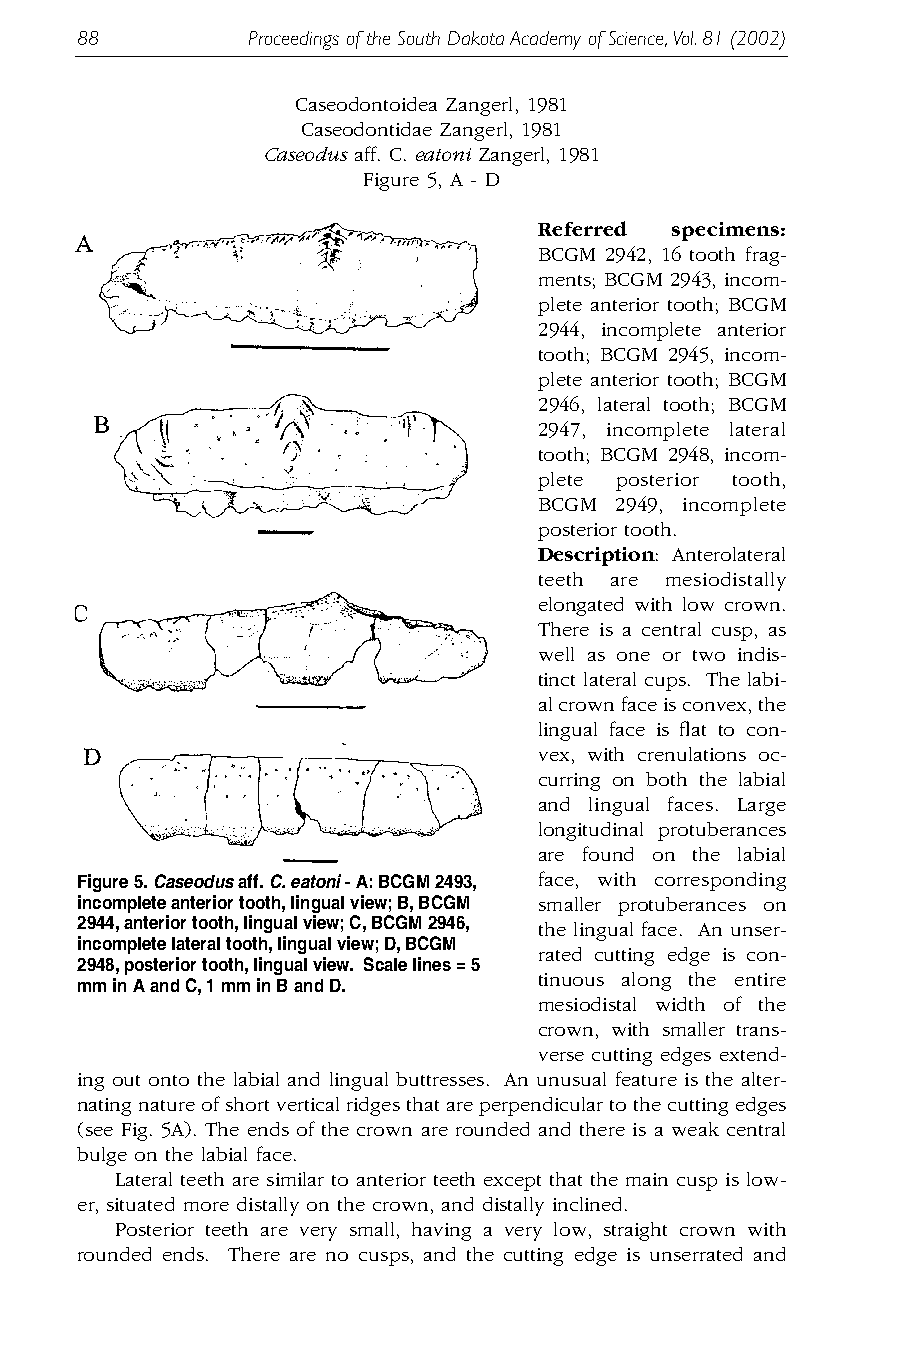
88         Proceedings of the South Dakota Academy of Science,Vol.81 (2002)
 Caseodontoidea Zangerl, 1981
 Caseodontidae Zangerl, 1981
 Caseodus aff. C. eatoni Zangerl, 1981
 Figure 5, A - D
 Referred specimens:
 BCGM 2942, 16 tooth frag-
 ments; BCGM 2943, incom-
 plete anterior tooth; BCGM
 2944, incomplete anterior
 tooth; BCGM 2945, incom-
 plete anterior tooth; BCGM
 2946, lateral tooth; BCGM
 2947, incomplete lateral
 tooth; BCGM 2948, incom-
 plete posterior tooth,
 BCGM 2949, incomplete
 posterior tooth.
 Description: Anterolateral
 teeth are mesiodistally
 elongated with low crown.
 There is a central cusp, as
 well as one or two indis-
 tinct lateral cups. The labi-
 al crown face is convex, the
 lingual face is flat to con-
 vex, with crenulations oc-
 curring on both the labial
 and lingual faces. Large
 longitudinal protuberances
 are found on the labial
 Figure 5.Caseodus aff.C.eatoni - A:BCGM 2493, face, with corresponding
 incomplete anterior tooth,lingual view;B,BCGM smaller protuberances on
 2944,anterior tooth,lingual view;C,BCGM 2946, the lingual face. An unser-
 incomplete lateral tooth,lingual view;D,BCGM
 rated cutting edge is con-
 2948,posterior tooth,lingual view. Scale lines = 5
 tinuous along the entire
 mm in A and C,1 mm in B and D.
 mesiodistal width of the
 crown, with smaller trans-
 verse cutting edges extend-
 ing out onto the labial and lingual buttresses. An unusual feature is the alter-
 nating nature of short vertical ridges that are perpendicular to the cutting edges
 (see Fig. 5A). The ends of the crown are rounded and there is a weak central
 bulge on the labial face.
 Lateral teeth are similar to anterior teeth except that the main cusp is low-
 er, situated more distally on the crown, and distally inclined.
 Posterior teeth are very small, having a very low, straight crown with
 rounded ends. There are no cusps, and the cutting edge is unserrated and